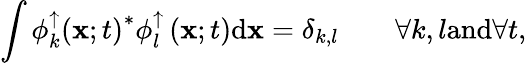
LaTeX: \int{\phi_{k}^{\uparrow}\left({\mathbf x};t\right)^{*}\phi_{l}^{\uparrow}\left({\mathbf x};t\right)\mathrm{d}{\mathbf x}}=\delta_{k,l}\qquad\forall k,l\textrm{and}\forall t,